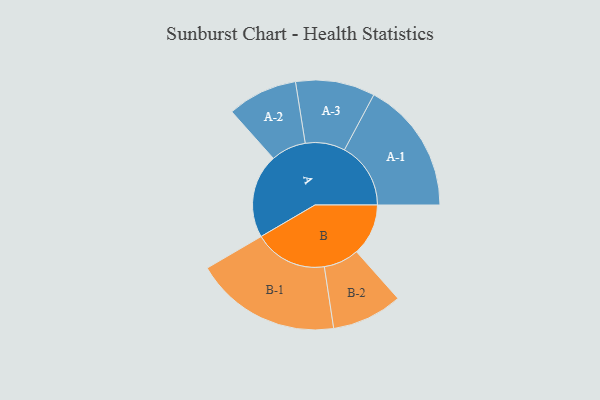
{"axis": {"x": "Segment", "y": "Value"}, "legend": ["", "A", "B"], "data": [{"x": "A", "y": 307, "type": ""}, {"x": "B", "y": 189, "type": ""}, {"x": "A-1", "y": 242, "type": "A"}, {"x": "A-2", "y": 128, "type": "A"}, {"x": "A-3", "y": 145, "type": "A"}, {"x": "B-1", "y": 267, "type": "B"}, {"x": "B-2", "y": 129, "type": "B"}]}